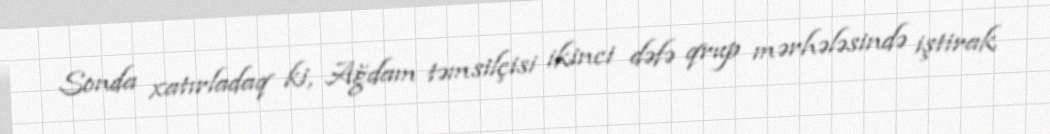
Sonda xatırladaq ki, Ağdam təmsilçisi ikinci dəfə qrup mərhələsində iştirak